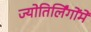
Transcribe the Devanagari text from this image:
ज्योतिर्लिंगोंमें